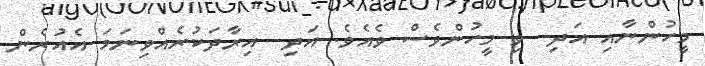
މީހުންނާއި އަދި  ވި މީހުންވެސް ވެއެވެ. އަދި  އިރާދަކުރެއްވިނަމަ އެއުރެން